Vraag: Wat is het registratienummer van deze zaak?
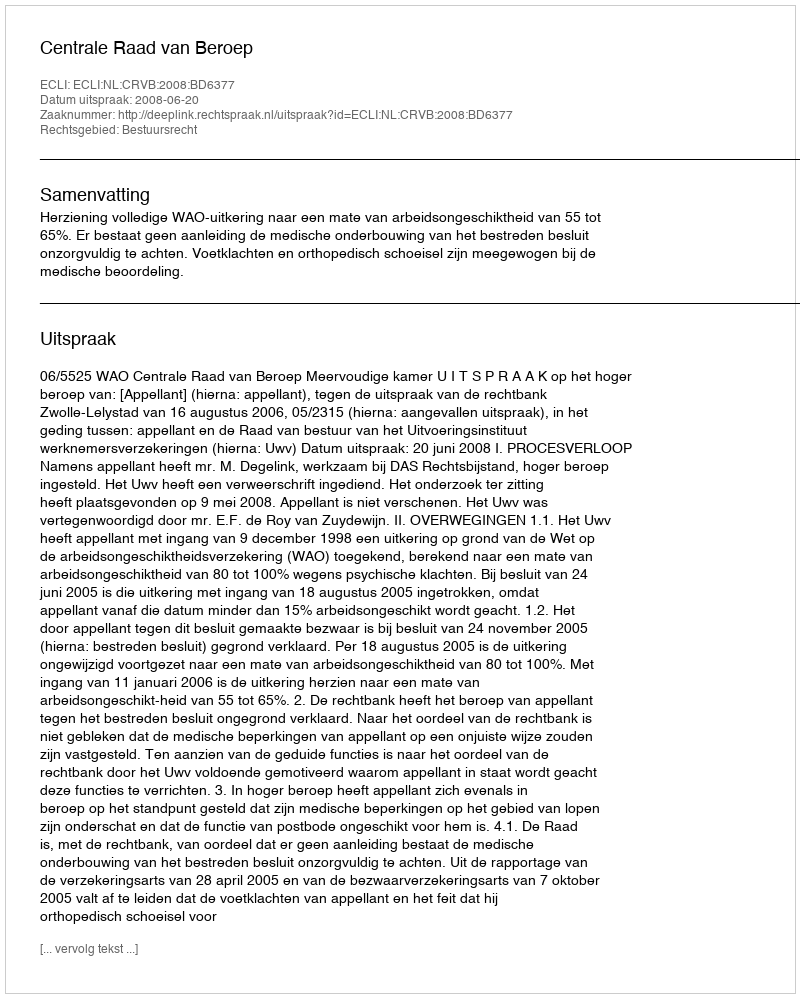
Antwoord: http://deeplink.rechtspraak.nl/uitspraak?id=ECLI:NL:CRVB:2008:BD6377